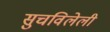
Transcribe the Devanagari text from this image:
सुचविलेली